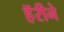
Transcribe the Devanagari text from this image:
हॅरीने